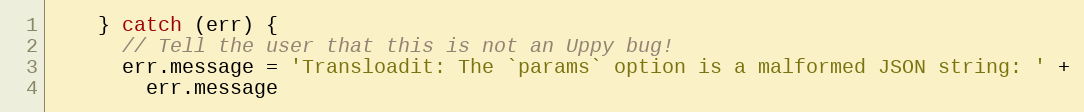
Language: JavaScript
    } catch (err) {
      // Tell the user that this is not an Uppy bug!
      err.message = 'Transloadit: The `params` option is a malformed JSON string: ' +
        err.message